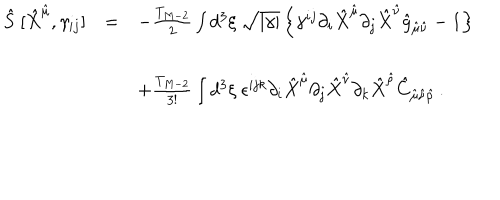
LaTeX: \begin{array} { r c l } { { \hat { S } \ [ \hat { X } ^ { \hat { \mu } } , \gamma _ { i j } ] } } & { { = } } & { { - \frac { T _ { M - 2 } } { 2 } \int d ^ { 3 } \xi \ \sqrt { | \gamma | } \left\{ \gamma ^ { i j } \partial _ { i } \hat { X } ^ { \hat { \mu } } \partial _ { j } \hat { X } ^ { \hat { \nu } } \hat { g } _ { \hat { \mu } \hat { \nu } } - 1 \right\} } } \\ { { } } & { { } } & { { } } \\ { { } } & { { } } & { { + \frac { T _ { M - 2 } } { 3 ! } \int d ^ { 3 } \xi \ \epsilon ^ { i j k } \partial _ { i } \hat { X } ^ { \hat { \mu } } \partial _ { j } \hat { X } ^ { \hat { \nu } } \partial _ { k } \hat { X } ^ { \hat { \rho } } \hat { C } _ { \hat { \mu } \hat { \nu } \hat { \rho } } \, . } } \\ \end{array}